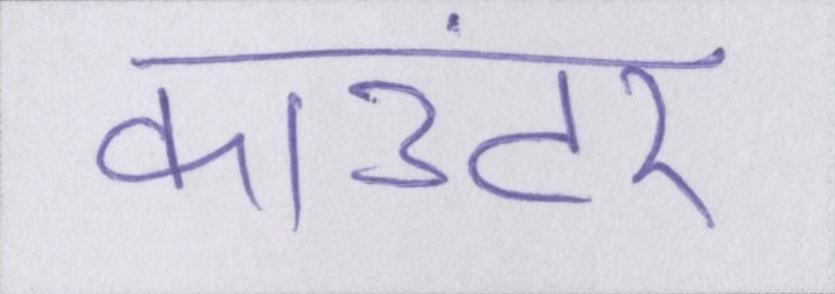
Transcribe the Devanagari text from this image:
काउंटर